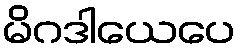
မိဂဒါယေပေ